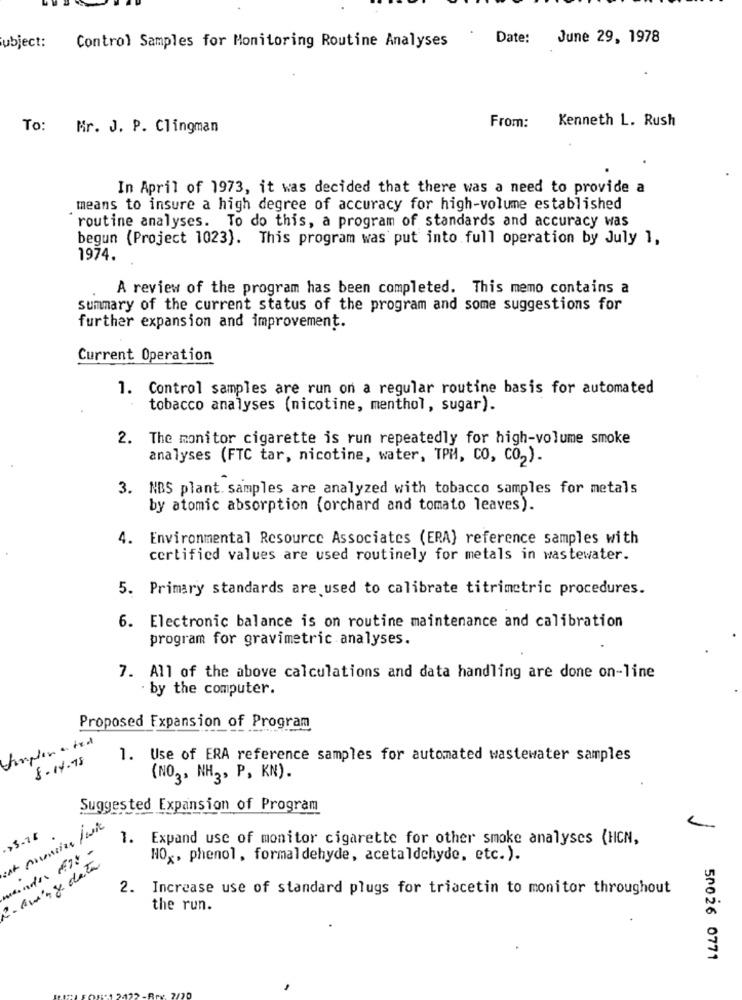
Subject:
Date:
June 29, 1978
Control Samples for Monitoring Routine Analyses
Kenneth L. Rush
To:
Mr. J. P. Clingman
From:
In April of 1973, it was decided that there was a need to provide a
means to insure a high degree of accuracy for high-volume established
routine analyses. To do this, a program of standards and accuracy was
begun (Project 1023). This program was put into full operation by July 1,
1974.
A review of the program has been completed. This memo contains a
summary of the current status of the program and some suggestions for
further expansion and improvement.
Current Operation
1. Control samples are run on a regular routine basis for automated
tobacco analyses (nicotine, menthol, sugar).
2. The monitor cigarette is run repeatedly for high-volume smoke
analyses (FTC tar, nicotine, water, TPM, CO, CO2).
3. NBS plant. samples are analyzed with tobacco samples for metals
by atomic absorption (orchard and tomato leaves).
4. Environmental Resource Associates (ERA) reference samples with
certified values are used routinely for metals in wastewater.
5. Primary standards are used to calibrate titrimetric procedures.
6. Electronic balance is on routine maintenance and calibration
program for gravimetric analyses.
7. All of the above calculations and data handling are done on-line
by the computer.
Proposed Expansion of Program
Simplement
8.14.78
1. Use of ERA reference samples for automated wastewater samples
(NO3, NH3, P, KN).
Suggested Expansion of Program
>5.78
1. Expand use of monitor cigarette for other smoke analyses (HCN,
onde A7: -
HOx, phenol, formaldehyde, acetaldehyde, etc.).
2. aming data
2. Increase use of standard plugs for triacetin to monitor throughout
the run.
50026 0771